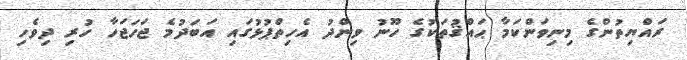
ރައްޔިތުންގެ މިނިވަންކަމާ ޙައްޤުތަކުގެ ހޫނު ވިންދު އެހިތްޕުޅުގައި އަބަދުމެ ޖަހަޖަހާ ހުރި ދިވެހި